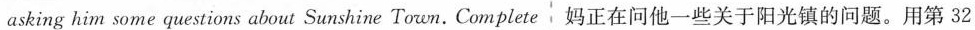
asking him some questions about Sunshine Town. Complete 妈正在问他一些关于阳光镇的问题。用第 32